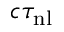
c \tau _ { \mathrm { n l } }